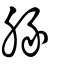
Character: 腞